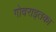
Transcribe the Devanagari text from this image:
गोवराइतका